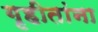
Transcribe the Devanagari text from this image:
गृहीतांना